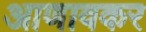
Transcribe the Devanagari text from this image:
आणावकर